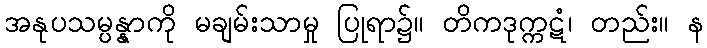
အနုပသမ္ပန္နာကို မချမ်းသာမှု ပြုရာ၌။ တိကဒုက္ကဋံ၊ တည်း။ န